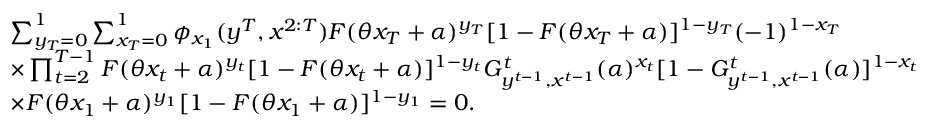
\begin{array} { r l } & { \sum _ { y _ { T } = 0 } ^ { 1 } \sum _ { x _ { T } = 0 } ^ { 1 } \phi _ { x _ { 1 } } ( y ^ { T } , x ^ { 2 : T } ) F ( \theta x _ { T } + \alpha ) ^ { y _ { T } } [ 1 - F ( \theta x _ { T } + \alpha ) ] ^ { 1 - y _ { T } } ( - 1 ) ^ { 1 - x _ { T } } } \\ & { \times \prod _ { t = 2 } ^ { T - 1 } F ( \theta x _ { t } + \alpha ) ^ { y _ { t } } [ 1 - F ( \theta x _ { t } + \alpha ) ] ^ { 1 - y _ { t } } G _ { y ^ { t - 1 } , x ^ { t - 1 } } ^ { t } ( \alpha ) ^ { x _ { t } } [ 1 - G _ { y ^ { t - 1 } , x ^ { t - 1 } } ^ { t } ( \alpha ) ] ^ { 1 - x _ { t } } } \\ & { \times F ( \theta x _ { 1 } + \alpha ) ^ { y _ { 1 } } [ 1 - F ( \theta x _ { 1 } + \alpha ) ] ^ { 1 - y _ { 1 } } = 0 . } \end{array}